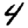
Digit: 4